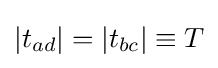
|t_{ad}|=|t_{bc}|\equiv T